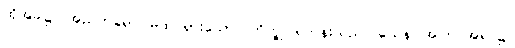
ထိုအခါ၌။ အညတရော၊ မထင်ရှားသော။ ဘိက္ခု၊ ရဟန်းသည်။ ယေန၊ အကြင်အရပ်၌။